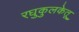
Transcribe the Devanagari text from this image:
रघुकुलकेतू